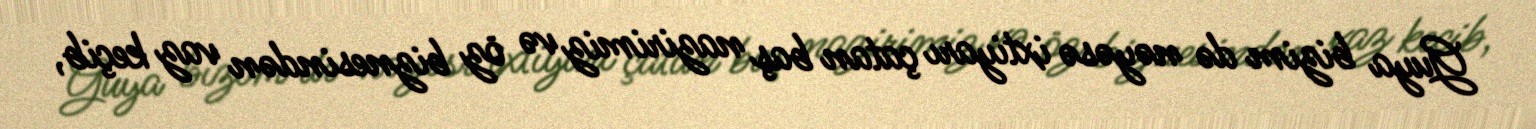
Guya bizim də nəyəsə ixtiyarı çatan baş nazirimiz və öz biznesindən vaz keçib,